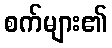
စက်များ၏